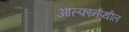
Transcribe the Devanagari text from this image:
आल्फानॅप्थील